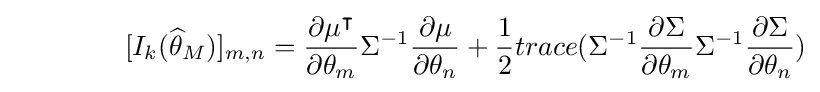
\qquad \qquad \lbrack I_{k}({\widehat {\theta }}_{M})]_{m,n}={\frac {\partial \mu ^{\intercal }}{\partial \theta _{m}}}\Sigma ^{-1}{\frac {\partial \mu }{\partial \theta _{n}}}+{\frac {1}{2}}trace(\Sigma ^{-1}{\frac {\partial \Sigma }{\partial \theta _{m}}}\Sigma ^{-1}{\frac {\partial \Sigma }{\partial \theta _{n}}})